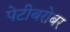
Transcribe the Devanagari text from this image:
पेटीबरोबर